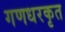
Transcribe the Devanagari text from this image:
गणधरकृत